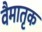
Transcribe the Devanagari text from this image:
वैमातृक